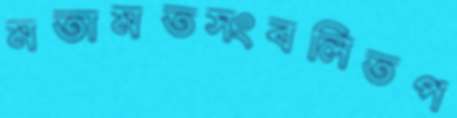
মতামতসংবলিতপ